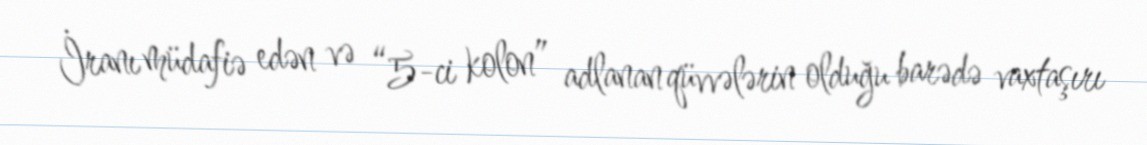
İranı müdafiə edən və “5-ci kolon” adlanan qüvvələrin olduğu barədə vaxtaşırı